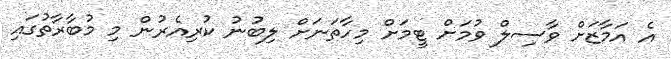
އެ އަމާޒަށް ވާސިލް ވުމަށް ޓީމަށް މިހާތަނަށް ލިބުނު ކުރިއެރުން މި މުބާރާތުގައި